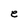
Character: e